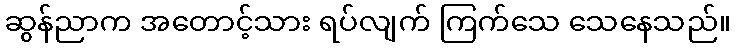
ဆွန်ညာက အတောင့်သား ရပ်လျက် ကြက်သေ သေနေသည်။